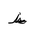
Letter: _za